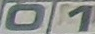
01